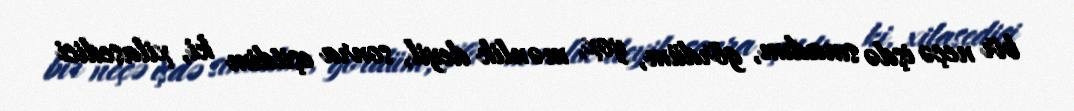
bir neçə işdə sınadım, gördüm, yox, mənlik deyil, sonra eşitdim ki, xilasedici